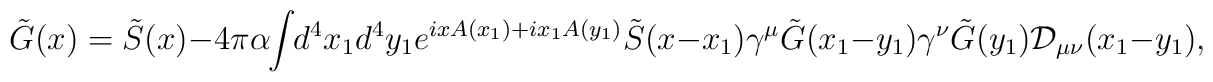
\tilde{G}(x)=\tilde{S}(x)-4\pi \alpha \hspace{-1mm}\int \hspace{-1mm}d^4 x_1 d^4 y_1 e^{ix A(x_1)+ix_1 A(y_1)}\tilde{S}(x-x_1)\gamma^{\mu}\tilde{G}(x_1-y_1)\gamma^{\nu}\tilde{G}(y_1) {\cal D}_{\mu\nu}(x_1-y_1),